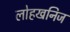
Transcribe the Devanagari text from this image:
लोहखनिज